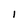
Character: I